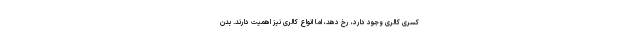
کسری کالری وجود دارد، رخ دهد، اما انواع کالری نیز اهمیت دارند. بدن